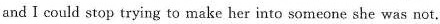
andI could stop trying to make her into someone she was not.